Plague in India, 1896, 1897 - Volume 1
Year: 1896
Disease focus: Plague
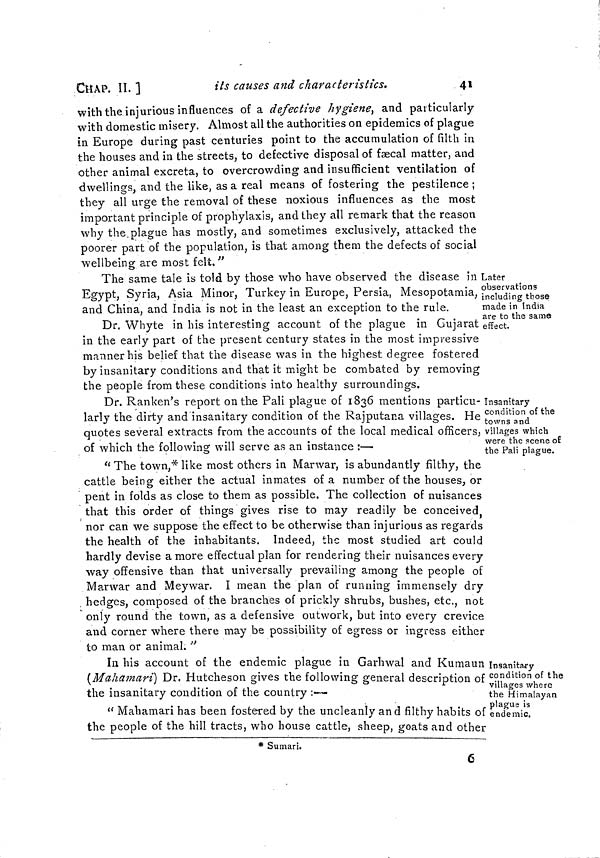
CHAP. II. ]
its causes and characteristics.
41
with the injurious influences of a defective hygiene, and particularly
with domestic misery. Almost all the authorities on epidemics of plague
in Europe during past centuries point to the accumulation of filth in
the houses and in the streets, to defective disposal of faecal matter, and
other animal excreta, to overcrowding and insufficient ventilation of
dwellings, and the like, as a real means of fostering the pestilence;
they all urge the removal of these noxious influences as the most
important principle of prophylaxis, and they all remark that the reason
why the plague has mostly, and sometimes exclusively, attacked the
poorer part of the population, is that among them the defects of social
wellbeing are most felt."
Later
observations
including those
made in India
are to the same
effect.
The same tale is told by those who have observed the disease in
Egypt, Syria, Asia Minor, Turkey in Europe, Persia, Mesopotamia, '
and China, and India is not in the least an exception to the rule.
Dr. Whyte in his interesting account of the plague in Gujarat
in the early part of the present century states in the most impressive
manner his belief that the disease was in the highest degree fostered
by insanitary conditions and that it might be combated by removing
the people from these conditions into healthy surroundings.
Insanitary
condition of the
towns and
villages which
were the scene of
the Pali plague.
Dr. Ranken's report on the Pali plague of 1836 mentions particu-
larly the dirty and insanitary condition of the Rajputana villages. He
quotes several extracts from the accounts of the local medical officers,
of which the following will serve as an instance :—
" The town,* like most others in Manvar, is abundantly filthy, the
cattle being either the actual inmates of a number of the houses, or
pent in folds as close to them as possible. The collection of nuisances
that this order of things gives rise to may readily be conceived
nor can we suppose the effect to be otherwise than injurious as regards
the health of the inhabitants. Indeed, the most studied art could
hardly devise a more effectual plan for rendering their nuisances every
way offensive than that universally prevailing among the people of
Marwar and Meywar. I mean the plan of running immensely dry
hedges, composed of the branches of prickly shrubs, bushes, etc., not
only round the town, as a defensive outwork, but into every crevice
and corner where there may be possibility of egress or ingress either
to man or animal. "
Insanitary
condition of the
villages where
the Himalayan
plague is
endemic.
In his account of the endemic plague in Garhwal and Kumaun
(Mahamari) Dr. Hutcheson gives the following general description of
the insanitary condition of the country :—
" Mahamari has been fostered by the uncleanly and filthy habits of
the people of the hill tracts, who house cattle, sheep, goats and other
* Sumari.
6